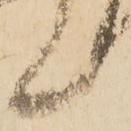
候